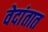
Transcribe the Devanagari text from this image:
वेदांतात